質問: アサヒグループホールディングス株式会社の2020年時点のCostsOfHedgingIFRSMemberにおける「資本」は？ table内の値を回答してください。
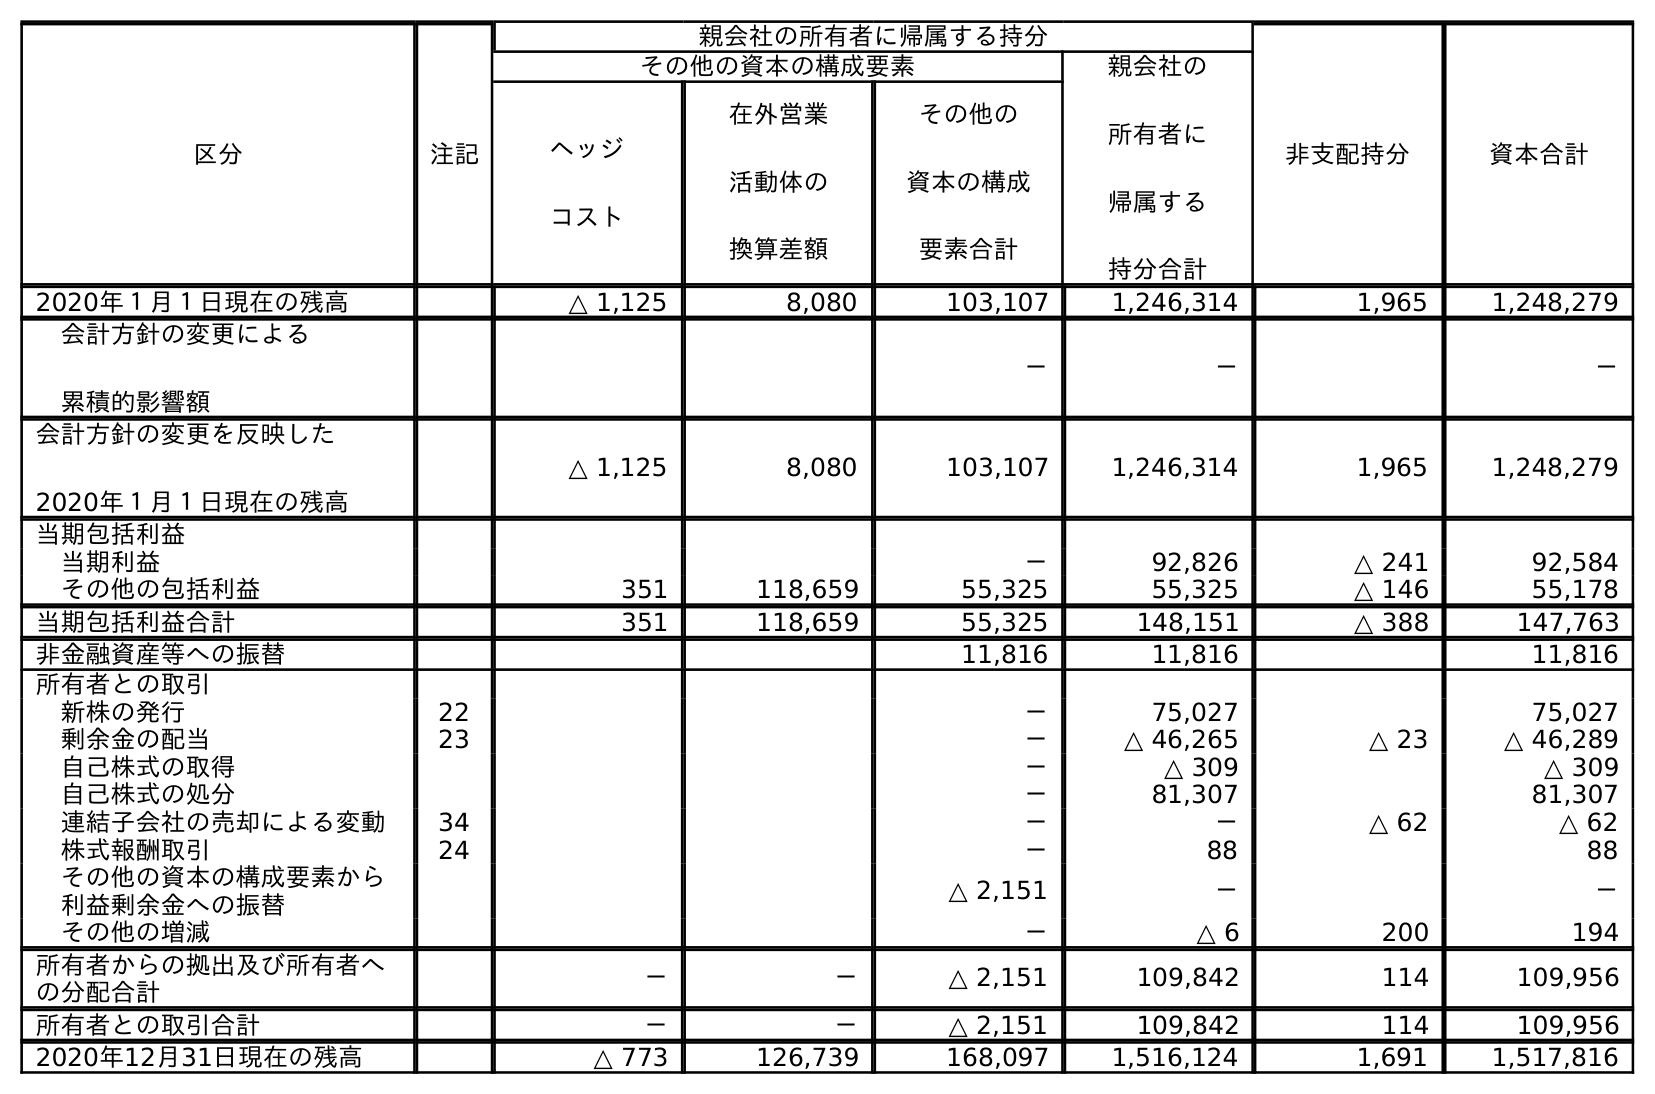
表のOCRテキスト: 区分 注記 親会社の所有者に帰属する持分 非支配持分 資本合計 その他の資本の構成要素 親会社の 所有者に 帰属する 持分合計 ヘッジ コスト 在外営業 活動体の 換算差額 その他の 資本の構成 要素合計 2020年１月１日現在の残高 △ 1,125 8,080 103,107 1,246,314 1,965 1,248,279 会計方針の変更による 累積的影響額 － － － 会計方針の変更を反映した 2020年１月１日現在の残高 △ 1,125 8,080 103,107 1,246,314 1,965 1,248,279 当期包括利益 当期利益 － 92,826 △ 241 92,584 その他の包括利益 351 118,659 55,325 55,325 △ 146 55,178 当期包括利益合計 351 118,659 55,325 148,151 △ 388 147,763 非金融資産等への振替 11,816 11,816 11,816 所有者との取引 新株の発行 22 － 75,027 75,027 剰余金の配当 23 － △ 46,265 △ 23 △ 46,289 自己株式の取得 － △ 309 △ 309 自己株式の処分 － 81,307 81,307 連結子会社の売却による変動 34 － － △ 62 △ 62 株式報酬取引 24 － 88 88 その他の資本の構成要素から 利益剰余金への振替 △ 2,151 － － その他の増減 － △ 6 200 194 所有者からの拠出及び所有者へ の分配合計 － － △ 2,151 109,842 114 109,956 所有者との取引合計 － － △ 2,151 109,842 114 109,956 2020年12月31日現在の残高 △ 773 126,739 168,097 1,516,124 1,691 1,517,816
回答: △773